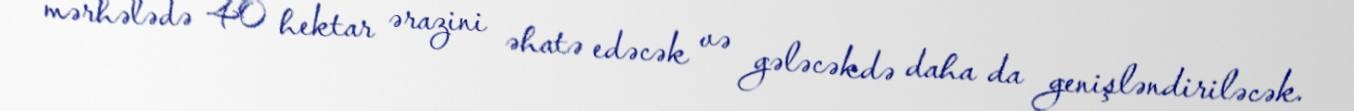
mərhələdə 40 hektar ərazini əhatə edəcək və gələcəkdə daha da genişləndiriləcək.